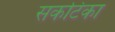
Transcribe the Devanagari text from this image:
सकटिका